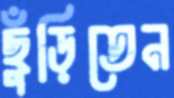
ছুঁড়িতেন